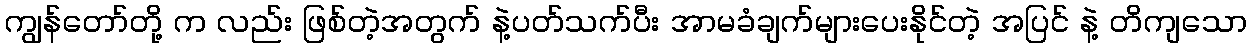
ကျွန်တော်တို့ က လည်း ဖြစ်တဲ့အတွက် နဲ့ပတ်သက်ပီး အာမခံချက်များပေးနိုင်တဲ့ အပြင် နဲ့ တိကျသော